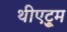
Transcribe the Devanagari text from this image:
थीएट्रुम